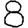
Digit: 8